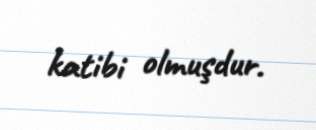
katibi olmuşdur.